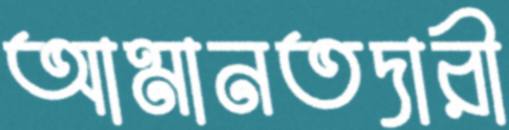
আমানতদারী